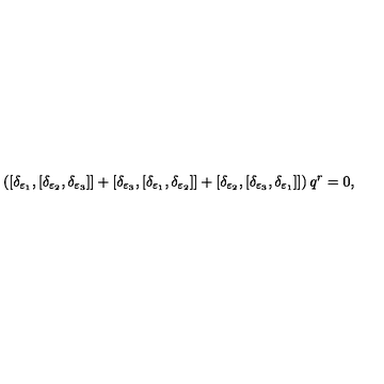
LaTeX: \left( [ \delta _ { \varepsilon _ { 1 } } , [ \delta _ { \varepsilon _ { 2 } } , \delta _ { \varepsilon _ { 3 } } ] ] + [ \delta _ { \varepsilon _ { 3 } } , [ \delta _ { \varepsilon _ { 1 } } , \delta _ { \varepsilon _ { 2 } } ] ] + [ \delta _ { \varepsilon _ { 2 } } , [ \delta _ { \varepsilon _ { 3 } } , \delta _ { \varepsilon _ { 1 } } ] ] \right) q ^ { r } = 0 ,